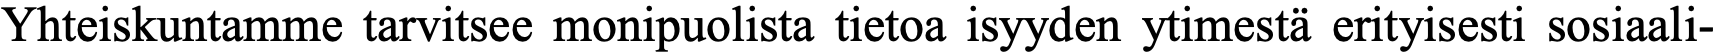
Yhteiskuntamme tarvitsee monipuolista tietoa isyyden ytimestä erityisesti sosiaali-